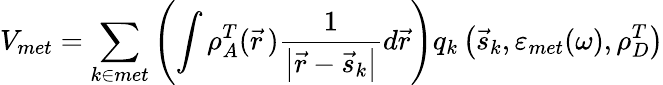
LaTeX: V_{met}=\sum_{k\in met}\left(\int\rho_{A}^{T}(\vec{r}\, )\frac{1}{\left|\vec{r}-\vec{s}_{k}\right|}d\vec{r}\right)q_{k}\left(\vec{s}_{k},\varepsilon_{met}(\omega),\rho_{D}^{T}\right)